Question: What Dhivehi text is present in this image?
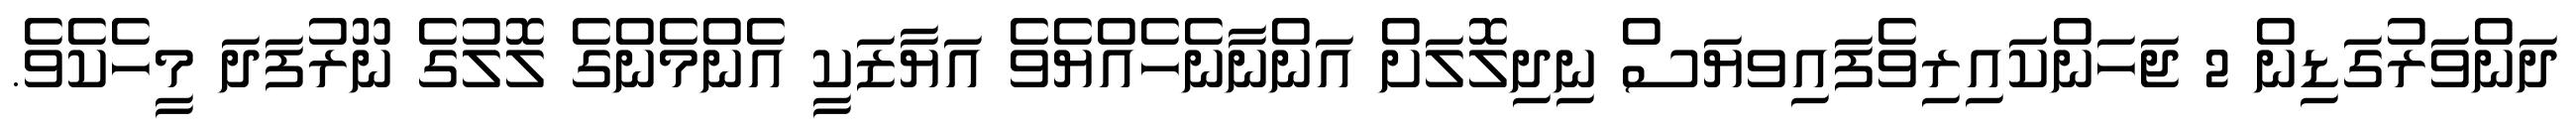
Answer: ދަންވަރުގަޑިން 2 ޖަހަންކައިރިވެފައިވޔަސް ނިދިލޮލަށް އަންނާނެހެއްޔެވެ އަޔާޒަކީ އެންމެންގެ ލޮލުގެ ނޫރުފަދަ މީހެކެވެ.